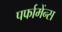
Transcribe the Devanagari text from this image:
पर्फामेंन्स